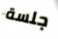
جلسة